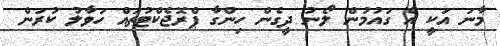
މާނަ އަކީ އެ ގައުމުން ލޯނު ދީގެން ހިންގާ ޕްރޮޖެކްޓުތައް ހަވާލު ކުރަން